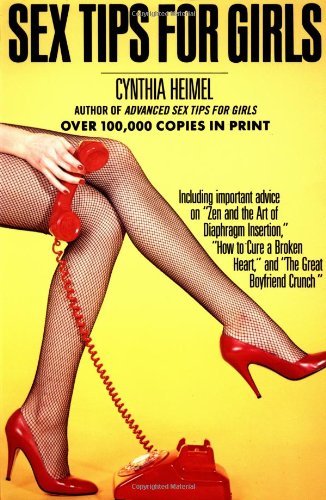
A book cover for Sex Tips For Girls; Cynthia Heimel; Humor & Entertainment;